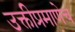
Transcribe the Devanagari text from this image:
उक्तीप्रमाणेच